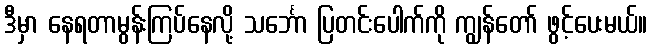
ဒီမှာ နေရတာမွန်းကြပ်နေလို့ သင်္ဘော ပြတင်းပေါက်ကို ကျွန်တော် ဖွင့်ပေးမယ်။